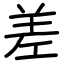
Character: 差